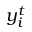
y _ { i } ^ { t }